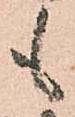
も